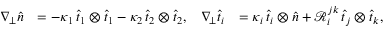
\begin{array} { r l r l } { \nabla _ { \! \bot } \widehat { n } } & { = - \kappa _ { 1 } \, \widehat { t } _ { 1 } \otimes \widehat { t } _ { 1 } - \kappa _ { 2 } \, \widehat { t } _ { 2 } \otimes \widehat { t } _ { 2 } , } & { \nabla _ { \! \bot } \widehat { t } _ { i } } & { = \kappa _ { i } \, \widehat { t } _ { i } \otimes \widehat { n } + \mathcal { R } _ { i } ^ { j k } \, \widehat { t } _ { j } \otimes \widehat { t } _ { k } , } \end{array}